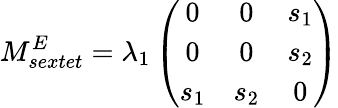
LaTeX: M_{sextet}^{E}=\lambda_{1}\left(\begin{array}{ccc}{{0}}&{{0}}&{{s_{1}}}\\ {{0}}&{{0}}&{{s_{2}}}\\ {{s_{1}}}&{{s_{2}}}&{{0}}\end{array}\right)